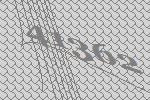
41362